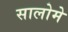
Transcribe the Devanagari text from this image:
सालोमे